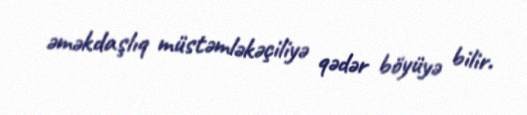
əməkdaşlıq müstəmləkəçiliyə qədər böyüyə bilir.